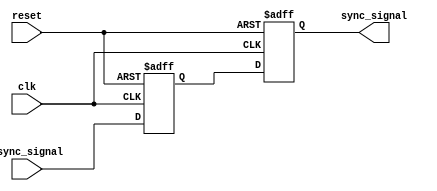
module TwoFF_Metastability_Detector (
    input wire clk,               // Clock signal
    input wire async_signal,      // Asynchronous input signal
    input wire reset,             // Optional reset signal
    output reg sync_signal        // Synchronized output signal
);

    // Internal flip-flop signals
    reg ff1_out;                 // Output of the first flip-flop

    // First flip-flop (FF1)
    always @(posedge clk or posedge reset) begin
        if (reset) begin
            ff1_out <= 1'b0;      // Reset FF1 output
        end else begin
            ff1_out <= async_signal; // Capture async_signal
        end
    end

    // Second flip-flop (FF2)
    always @(posedge clk or posedge reset) begin
        if (reset) begin
            sync_signal <= 1'b0;   // Reset sync_signal
        end else begin
            sync_signal <= ff1_out; // Capture output of FF1
        end
    end

endmodule